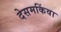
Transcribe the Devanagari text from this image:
देसमकिंवा